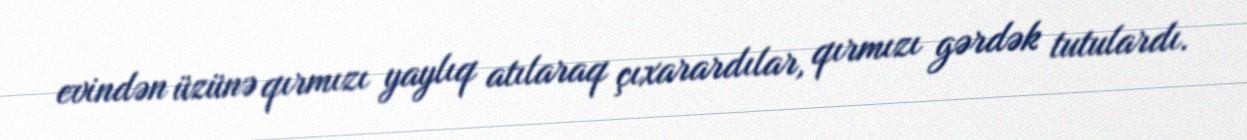
evindən üzünə qırmızı yaylıq atılaraq çıxarardılar, qırmızı gərdək tutulardı.